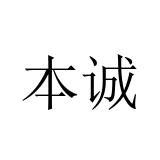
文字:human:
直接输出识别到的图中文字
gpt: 本诚